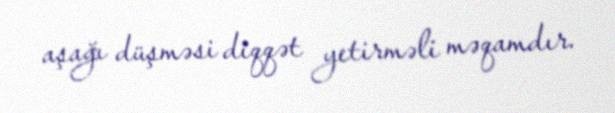
aşağı düşməsi diqqət yetirməli məqamdır.